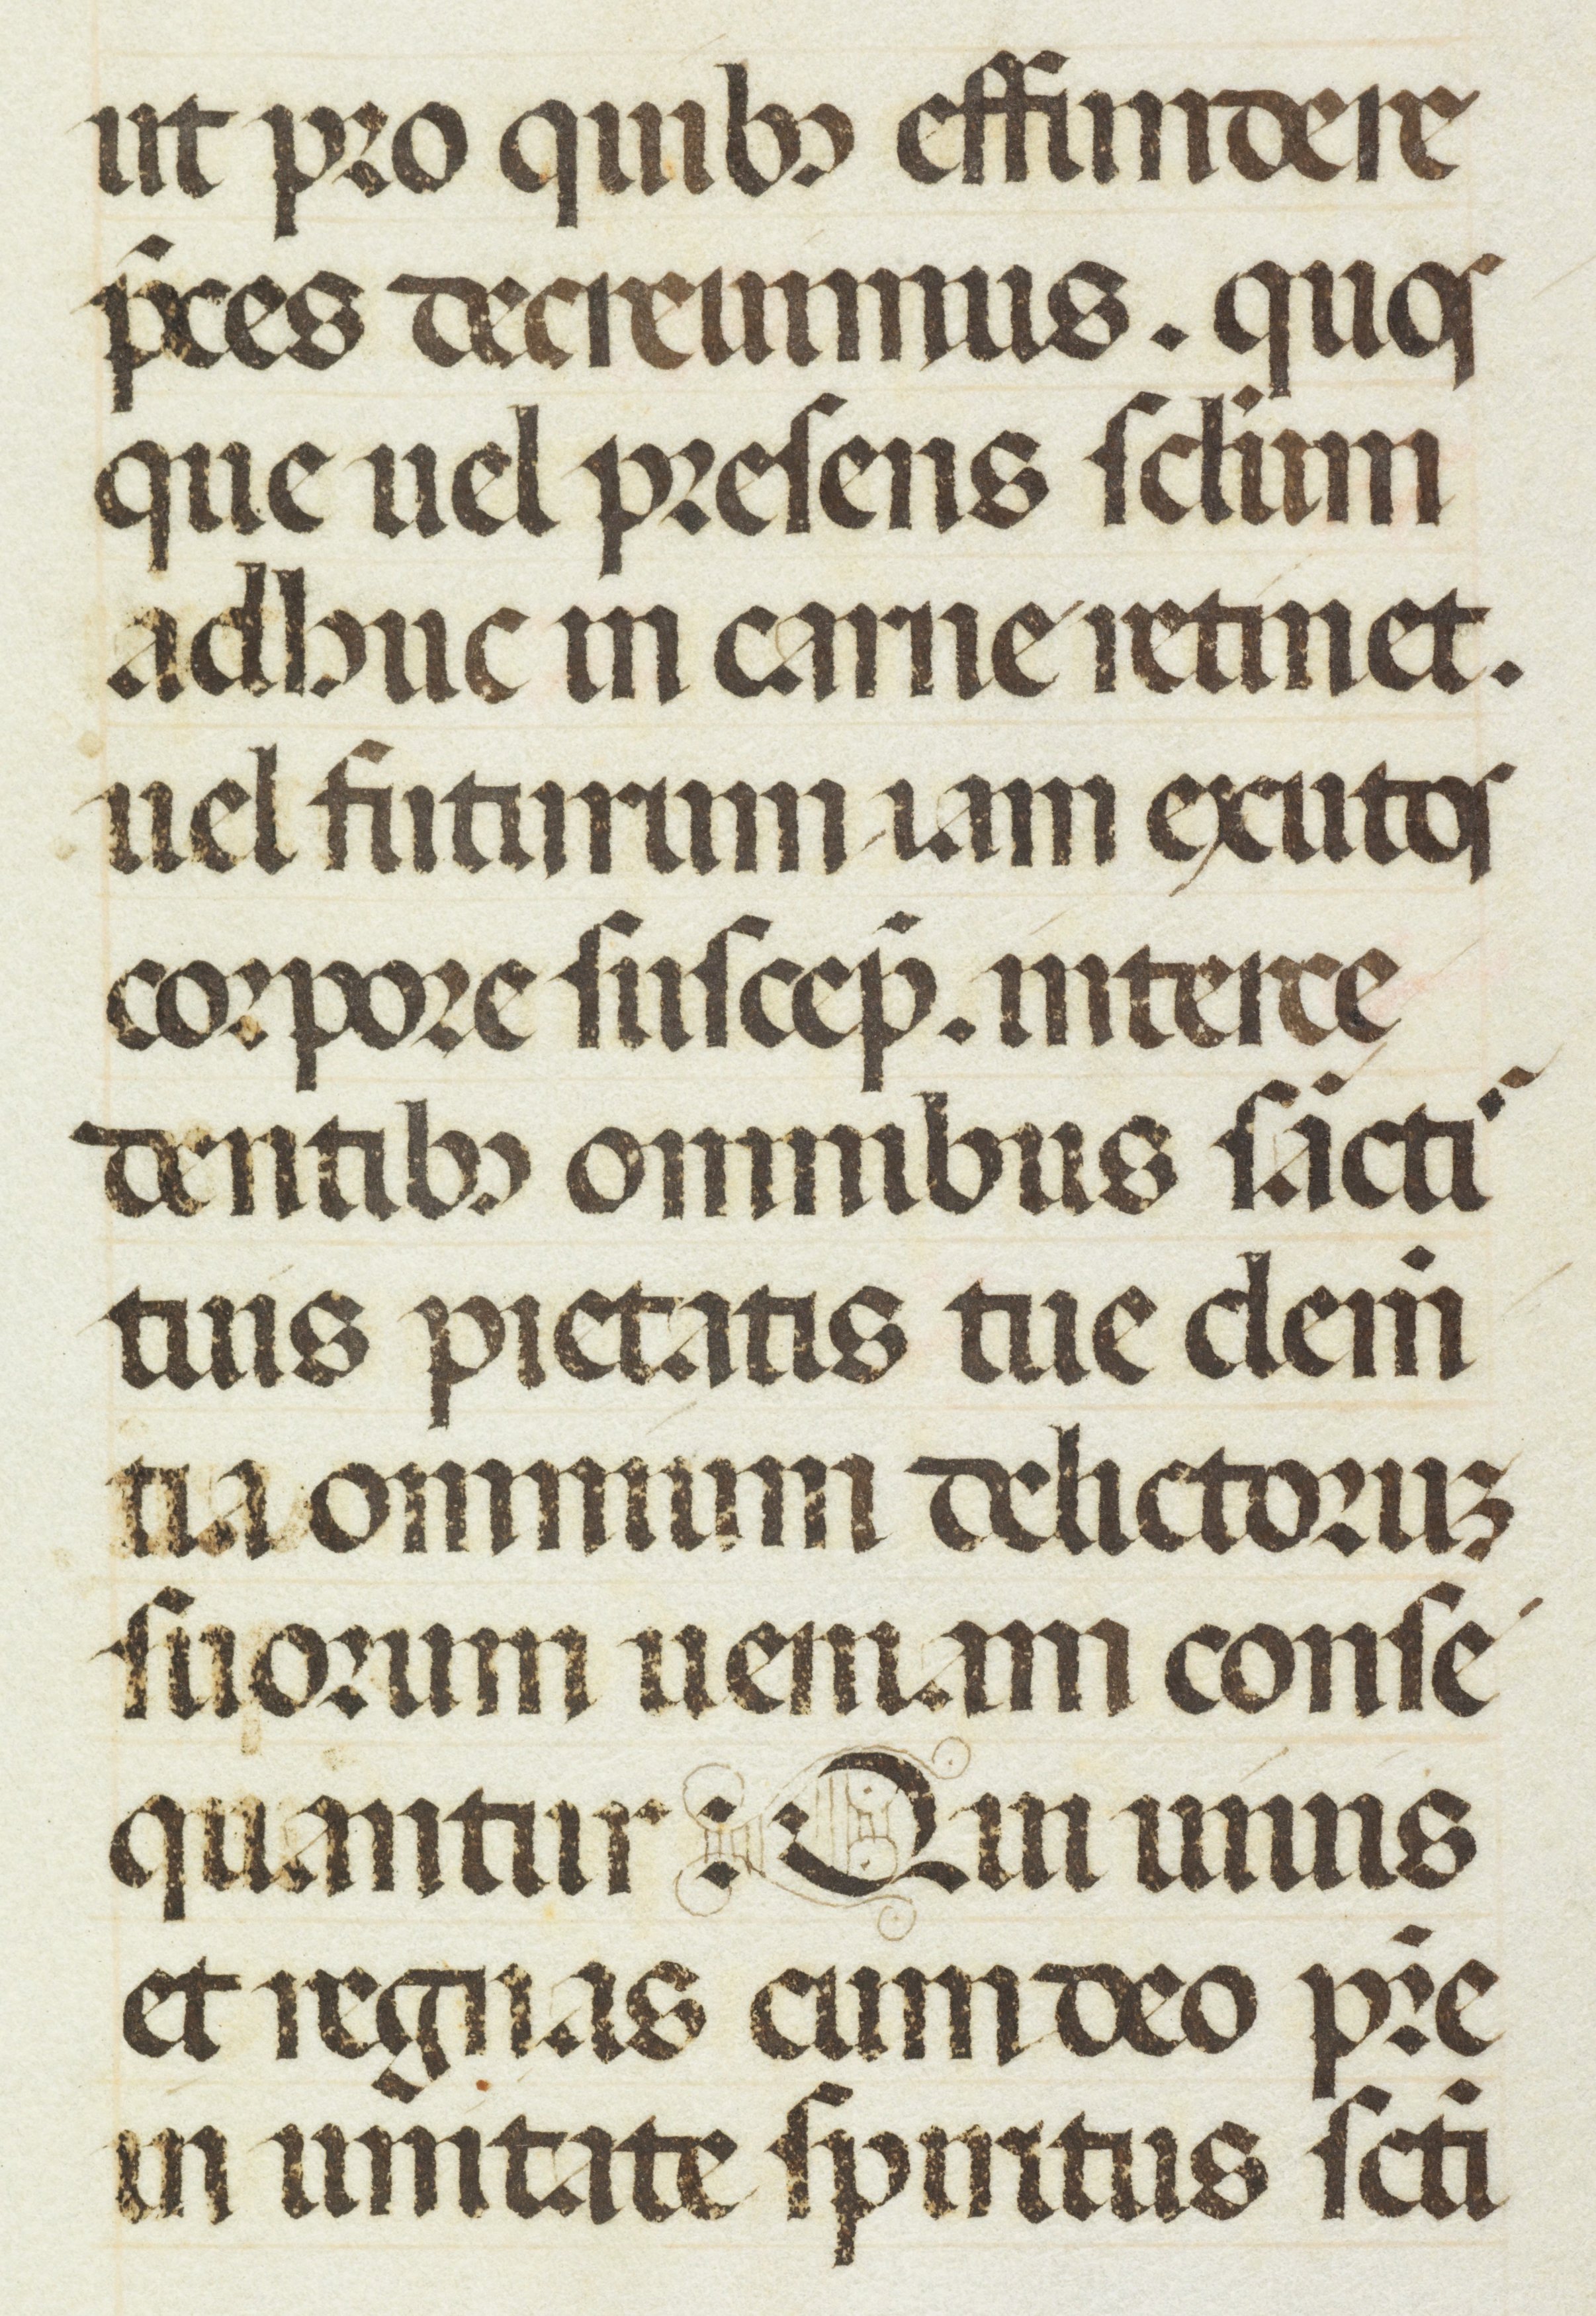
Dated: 1470–1475